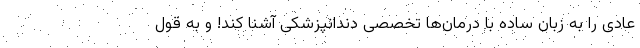
عادی را به زبان ساده با درمان‌ها تخصصی دندانپزشکی آشنا کند! و به قول